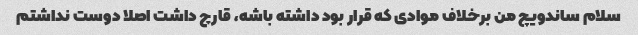
سلام ساندویچ من برخلاف موادی که قرار بود داشته باشه، قارچ داشت اصلا دوست نداشتم